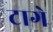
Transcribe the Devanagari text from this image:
टागे